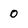
Character: 0